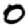
Digit: 0